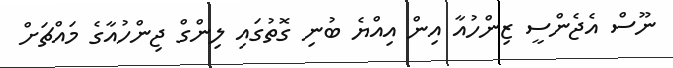
ނޫސް އެޖެންސީ ޒިންހުއާ އިން އިއްޔެ ބުނި ގޮތުގައި ލިންގް ޖިންހުއާގެ މައްްޗަށް